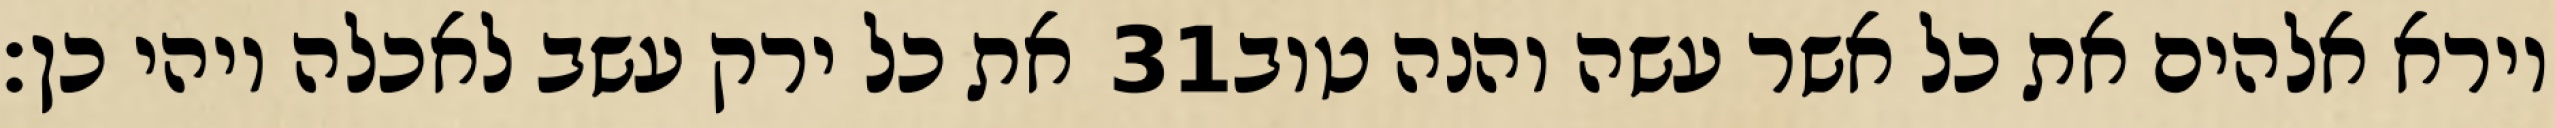
את כל ירק עשב לאכלה ויהי כן׃ ‎31‏ וירא אלהים את כל אשר עשה והנה טוב